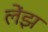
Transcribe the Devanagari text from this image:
लेंझ